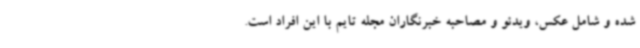
شده و شامل عکس، ویدئو و مصاحبه خبرنگاران مجله تایم با این افراد است.